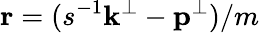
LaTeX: \mathbf{r}=(s^{-1}\mathbf{k}^{\perp}-\mathbf{p}^{\perp})/m